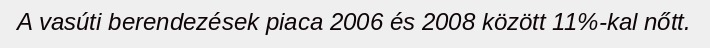
A vasúti berendezések piaca 2006 és 2008 között 11%-kal nőtt.